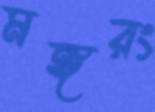
মঙ্গরং